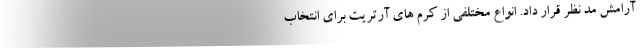
آرامش مد نظر قرار داد. انواع مختلفی از کرم های آرتریت برای انتخاب